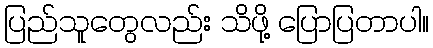
ပြည်သူတွေလည်း သိဖို့ ပြောပြတာပါ။